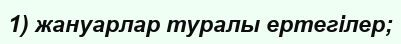
1) жануарлар туралы ертегілер;